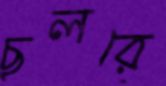
ছলরে